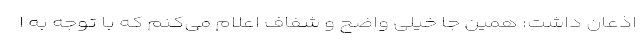
اذعان داشت: همین جا خیلی واضح و شفاف اعلام می‌کنم که با توجه به ا